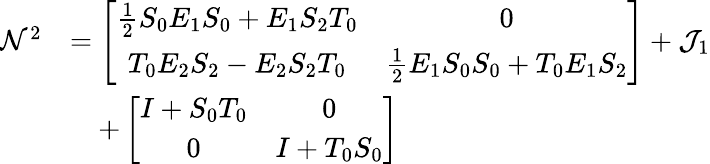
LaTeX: \begin{array}{rl}{\mathcal{N}^{2}}&{=\left[\begin{array}{cc}{\frac{1}{2}S_{0}E_{1}S_{0}+E_{1}S_{2}T_{0}}&{0}\\ {T_{0}E_{2}S_{2}-E_{2}S_{2}T_{0}}&{\frac{1}{2}E_{1}S_{0}S_{0}+T_{0}E_{1}S_{2}}\end{array}\right]+\mathcal{J}_{1}}\\ &{\quad+\left[\begin{array}{cc}{I+S_{0}T_{0}}&{0}\\ {0}&{I+T_{0}S_{0}}\end{array}\right]}\end{array}